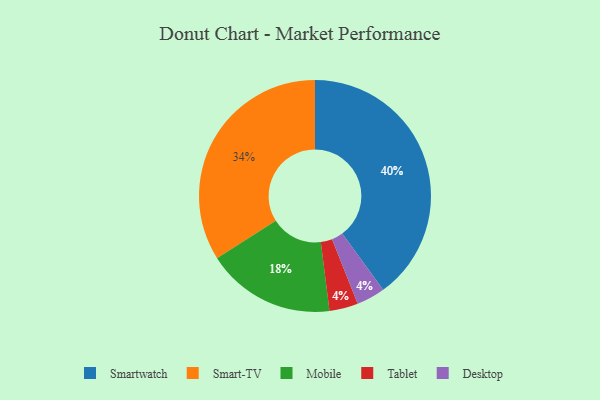
{"axis": {"x": "Category", "y": "Percentage"}, "legend": ["Desktop", "Mobile", "Smart-TV", "Smartwatch", "Tablet"], "data": [{"x": "Tablet", "y": 4, "type": "Tablet"}, {"x": "Smart-TV", "y": 34, "type": "Smart-TV"}, {"x": "Smartwatch", "y": 40, "type": "Smartwatch"}, {"x": "Mobile", "y": 18, "type": "Mobile"}, {"x": "Desktop", "y": 4, "type": "Desktop"}]}